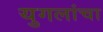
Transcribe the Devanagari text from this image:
युगलांचा